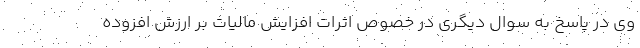
وی در پاسخ به سوال دیگری در خصوص اثرات افزایش مالیات بر ارزش افزوده